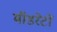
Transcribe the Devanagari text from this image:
मॉडरेटों